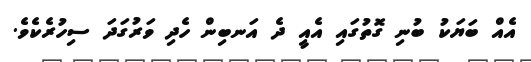
އެއް ބަޔަކު ބުނި ގޮތުގައި އެއީ ދެ އަނބިން ހެދި ވަރުގަދަ ސިހުރެކެވެ.